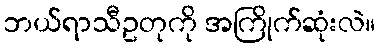
ဘယ်ရာသီဥတုကို အကြိုက်ဆုံးလဲ။